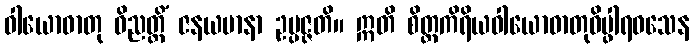
ဝါယောဓာတု ဝိညတ္တိံ ဇနယမာနာ ဥပ္ပဇ္ဇတိ။ ဣတိ စိတ္တကိရိယဝါယောဓာတုဝိပ္ဖါရဝသေန